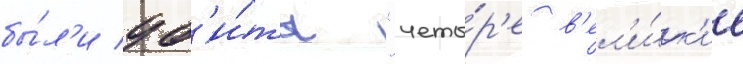
бы́л'и уб'и́ты "четы́р'е в'ел'и́к'ие